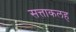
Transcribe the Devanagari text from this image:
सत्ताकलह